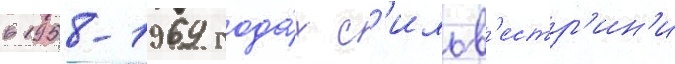
в 1958-1969 года́х с'ильв'естр'ин'и